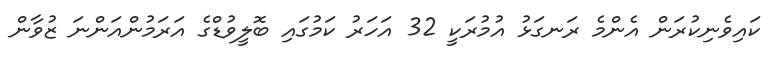
ކައިވެނިކުރަން އެންމެ ރަނގަޅު އުމުރަކީ 32 އަހަރު ކަމުގައި ބޮލީވުޑްގެ އަރަމުންއަންނަ ޒުވާން